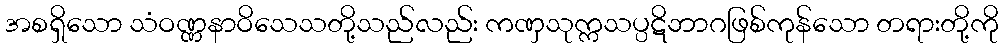
အစရှိသော သံဝဏ္ဏနာဝိသေသတို့သည်လည်း ကဏှသုက္ကသပ္ပဋိဘာဂဖြစ်ကုန်သော တရားတို့ကို